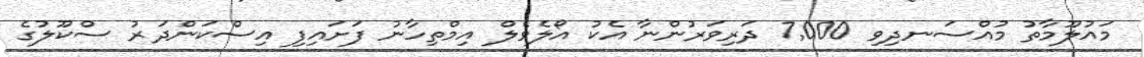
މައުލޫމާތު މުއްސަނދިވި 7